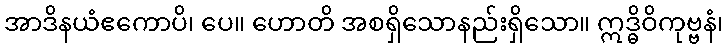
အာဒိနယံဧကောပိ၊ ပေ။ ဟောတိ အစရှိသောနည်းရှိသော။ ဣဒ္ဓိဝိကုဗ္ဗနံ၊